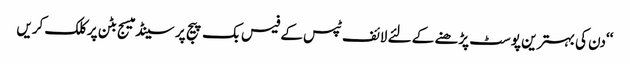
‘‘دن کی بہتر ین پوسٹ پڑھنے کے لئے لائف ٹپس کے فیس بک پیج پر سینڈ میسج بٹن پر کلک کریں